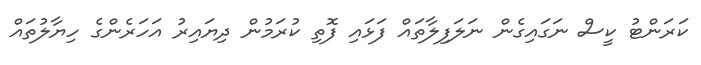
ކަރަންޓު ކީސް ނަގައިގެން ނަލަފިލާތައް ފަޅައި ފޮތި ކުރަމުން ދިޔައިރު އަހަރެންގެ ހިޔާލުތައް